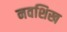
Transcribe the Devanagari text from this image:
नवशिख